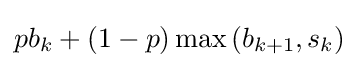
pb_{k}+(1-p)\max {(b_{k+1},s_{k})}